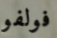
فولفو